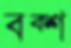
বক্শ